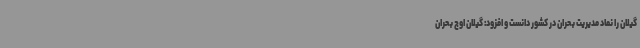
گیلان را نماد مدیریت بحران در کشور دانست و افزود: گیلان اوج بحران